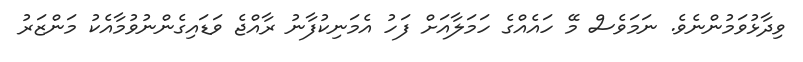
ވިދާޅުވަމުންނެވެ. ނަމަވެސް މޭ ހައެއްގެ ހަމަލާއަށް ފަހު އެމަނިކުފާނު ރާއްޖެ ވަޑައިގެންނުވުމާއެކު މަންޒަރު